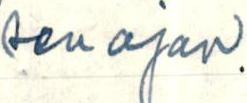
sen ajan.